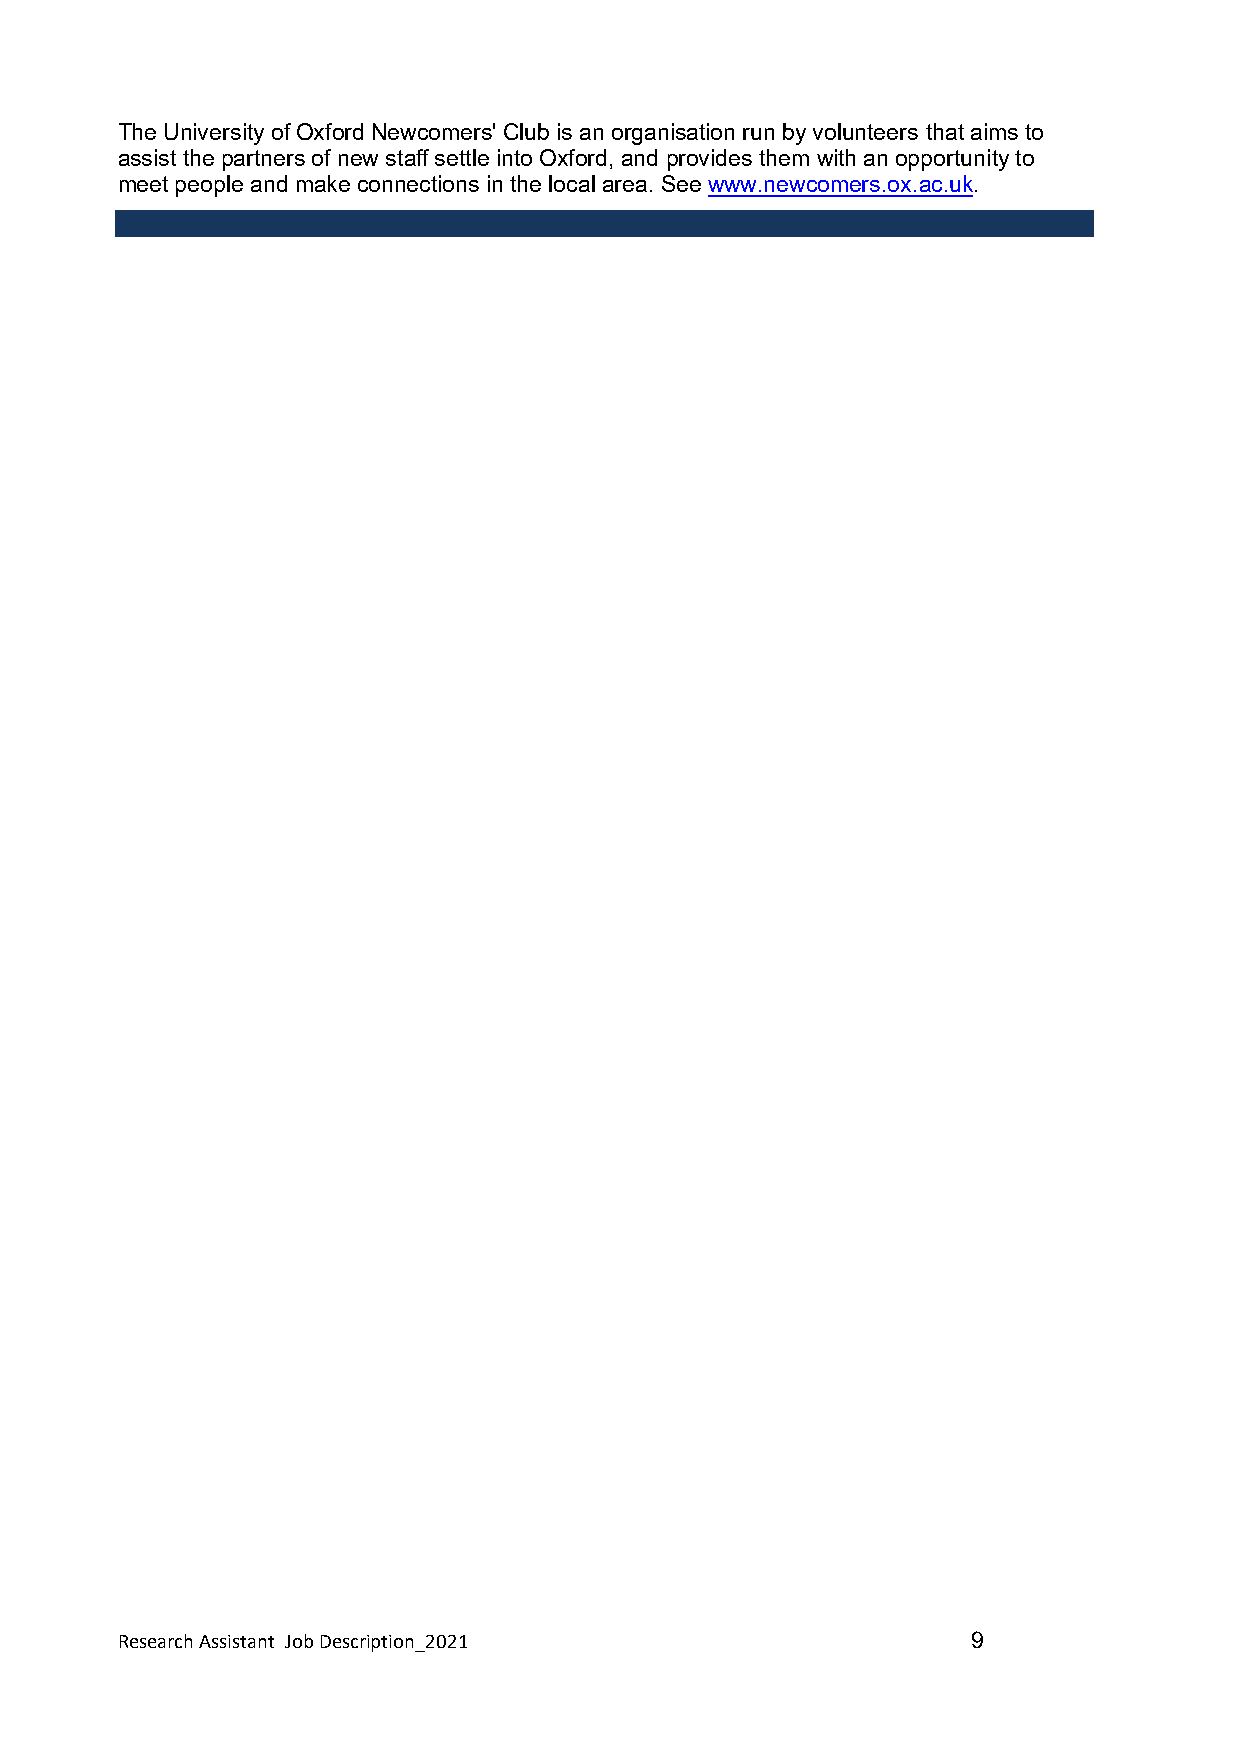
The University of Oxford Newcomers' Club is an organisation run by volunteers that aims to
 assist the partners of new staff settle into Oxford, and provides them with an opportunity to
 meet people and make connections in the local area. See www.newcomers.ox.ac.uk.
 Research Assistant Job Description_2021                 9